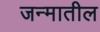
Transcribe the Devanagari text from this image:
जन्‍मातील